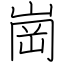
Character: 崗